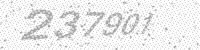
Solution: 237901